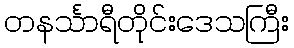
တနင်္သာရီတိုင်းဒေသကြီး